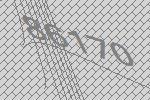
86170